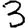
Digit: 3